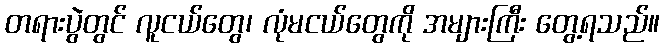
တရားပွဲတွင် လူငယ်တွေ၊ လုံမငယ်တွေကို အများကြီး တွေ့ရသည်။